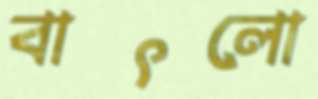
বাৎলো